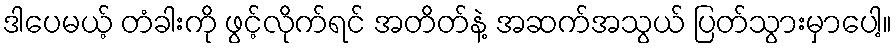
ဒါပေမယ့် တံခါးကို ဖွင့်လိုက်ရင် အတိတ်နဲ့ အဆက်အသွယ် ပြတ်သွားမှာပေါ့။